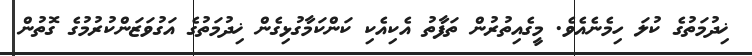
ޚިދުމަތުގެ ކުލަ ހިމެނެއެވެ. މީގެއިތުރުން ތަފާތު އެކިއެކި ކަންކަމާގުޅިގެން ޚިދުމަތުގެ އަގުވަޒަންކުރުމުގެ ގޮތުން